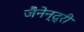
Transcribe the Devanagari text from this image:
जैनेन्द्री